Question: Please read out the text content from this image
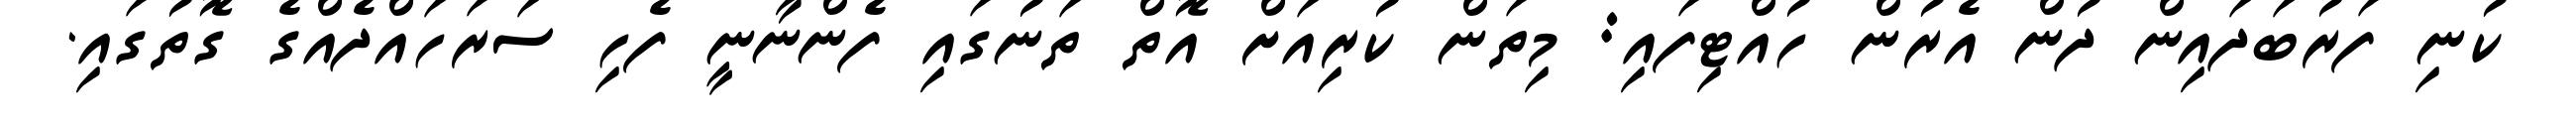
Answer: ކުނި ފަރުބަދައިން ދުން އެރުން ހުއްޓިފައި: މިތަން ކުރިއަށް އޮތް ތަނުގައި ފެންނާނީ ފެހި ސަރަހައްދެއްގެ ގޮތުގައި.